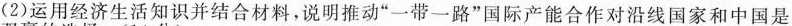
(2)运用经济生活知识并结合材料，说明推动”一带一路”国际产能合作对沿线国家和中国是